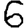
Digit: 6